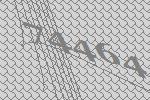
74464